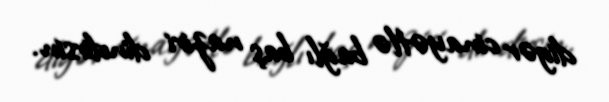
digər cinayətlə bağlı baş naziri dindirsin.